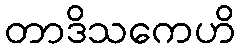
တာဒိသကေဟိ